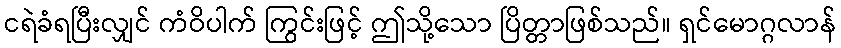
ငရဲခံရပြီးလျှင် ကံဝိပါက် ကြွင်းဖြင့် ဤသို့သော ပြိတ္တာဖြစ်သည်။ ရှင်မောဂ္ဂလာန်